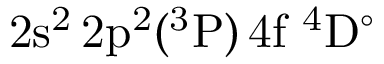
\mathrm { 2 s ^ { 2 } \, 2 p ^ { 2 } ( ^ { 3 } P ) \, 4 f ~ ^ { 4 } D ^ { \circ } }